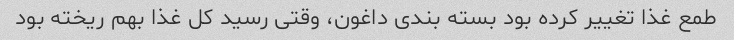
طمع غذا تغییر کرده بود بسته بندی داغون، وقتی رسید کل غذا بهم ریخته بود